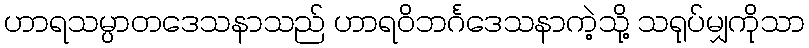
ဟာရသမ္ပာတဒေသနာသည် ဟာရဝိဘင်္ဂဒေသနာကဲ့သို့ သရုပ်မျှကိုသာ